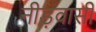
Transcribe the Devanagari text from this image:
नीड़वासी